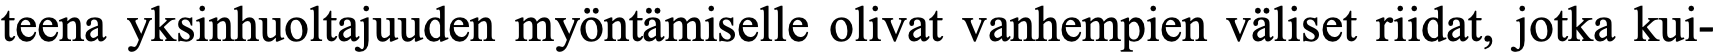
teena yksinhuoltajuuden myöntämiselle olivat vanhempien väliset riidat, jotka kui-